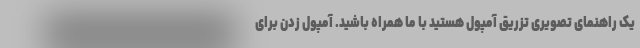
یک راهنمای تصویری تزریق آمپول هستید با ما همراه باشید. آمپول زدن برای